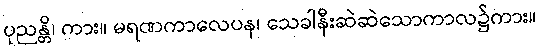
ပုညန္တိ၊ ကား။ မရဏကာလေပန၊ သေခါနီးဆဲဆဲသောကာလ၌ကား။